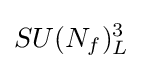
SU(N_{f})_{L}^{3}